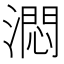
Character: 㵍